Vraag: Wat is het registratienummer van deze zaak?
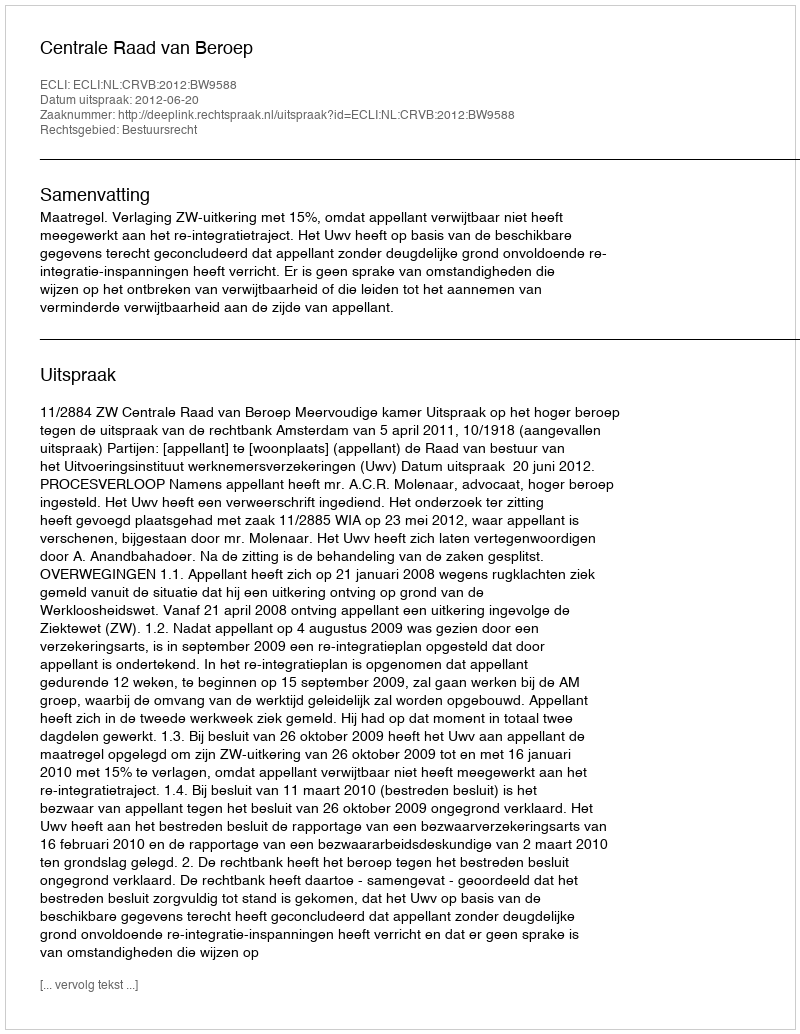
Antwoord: http://deeplink.rechtspraak.nl/uitspraak?id=ECLI:NL:CRVB:2012:BW9588